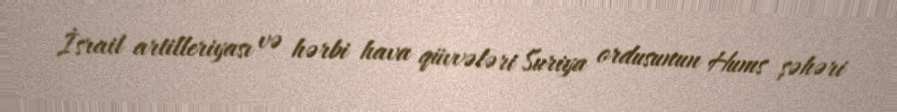
İsrail artilleriyası və hərbi hava qüvvələri Suriya ordusunun Hums şəhəri